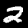
Label: 2